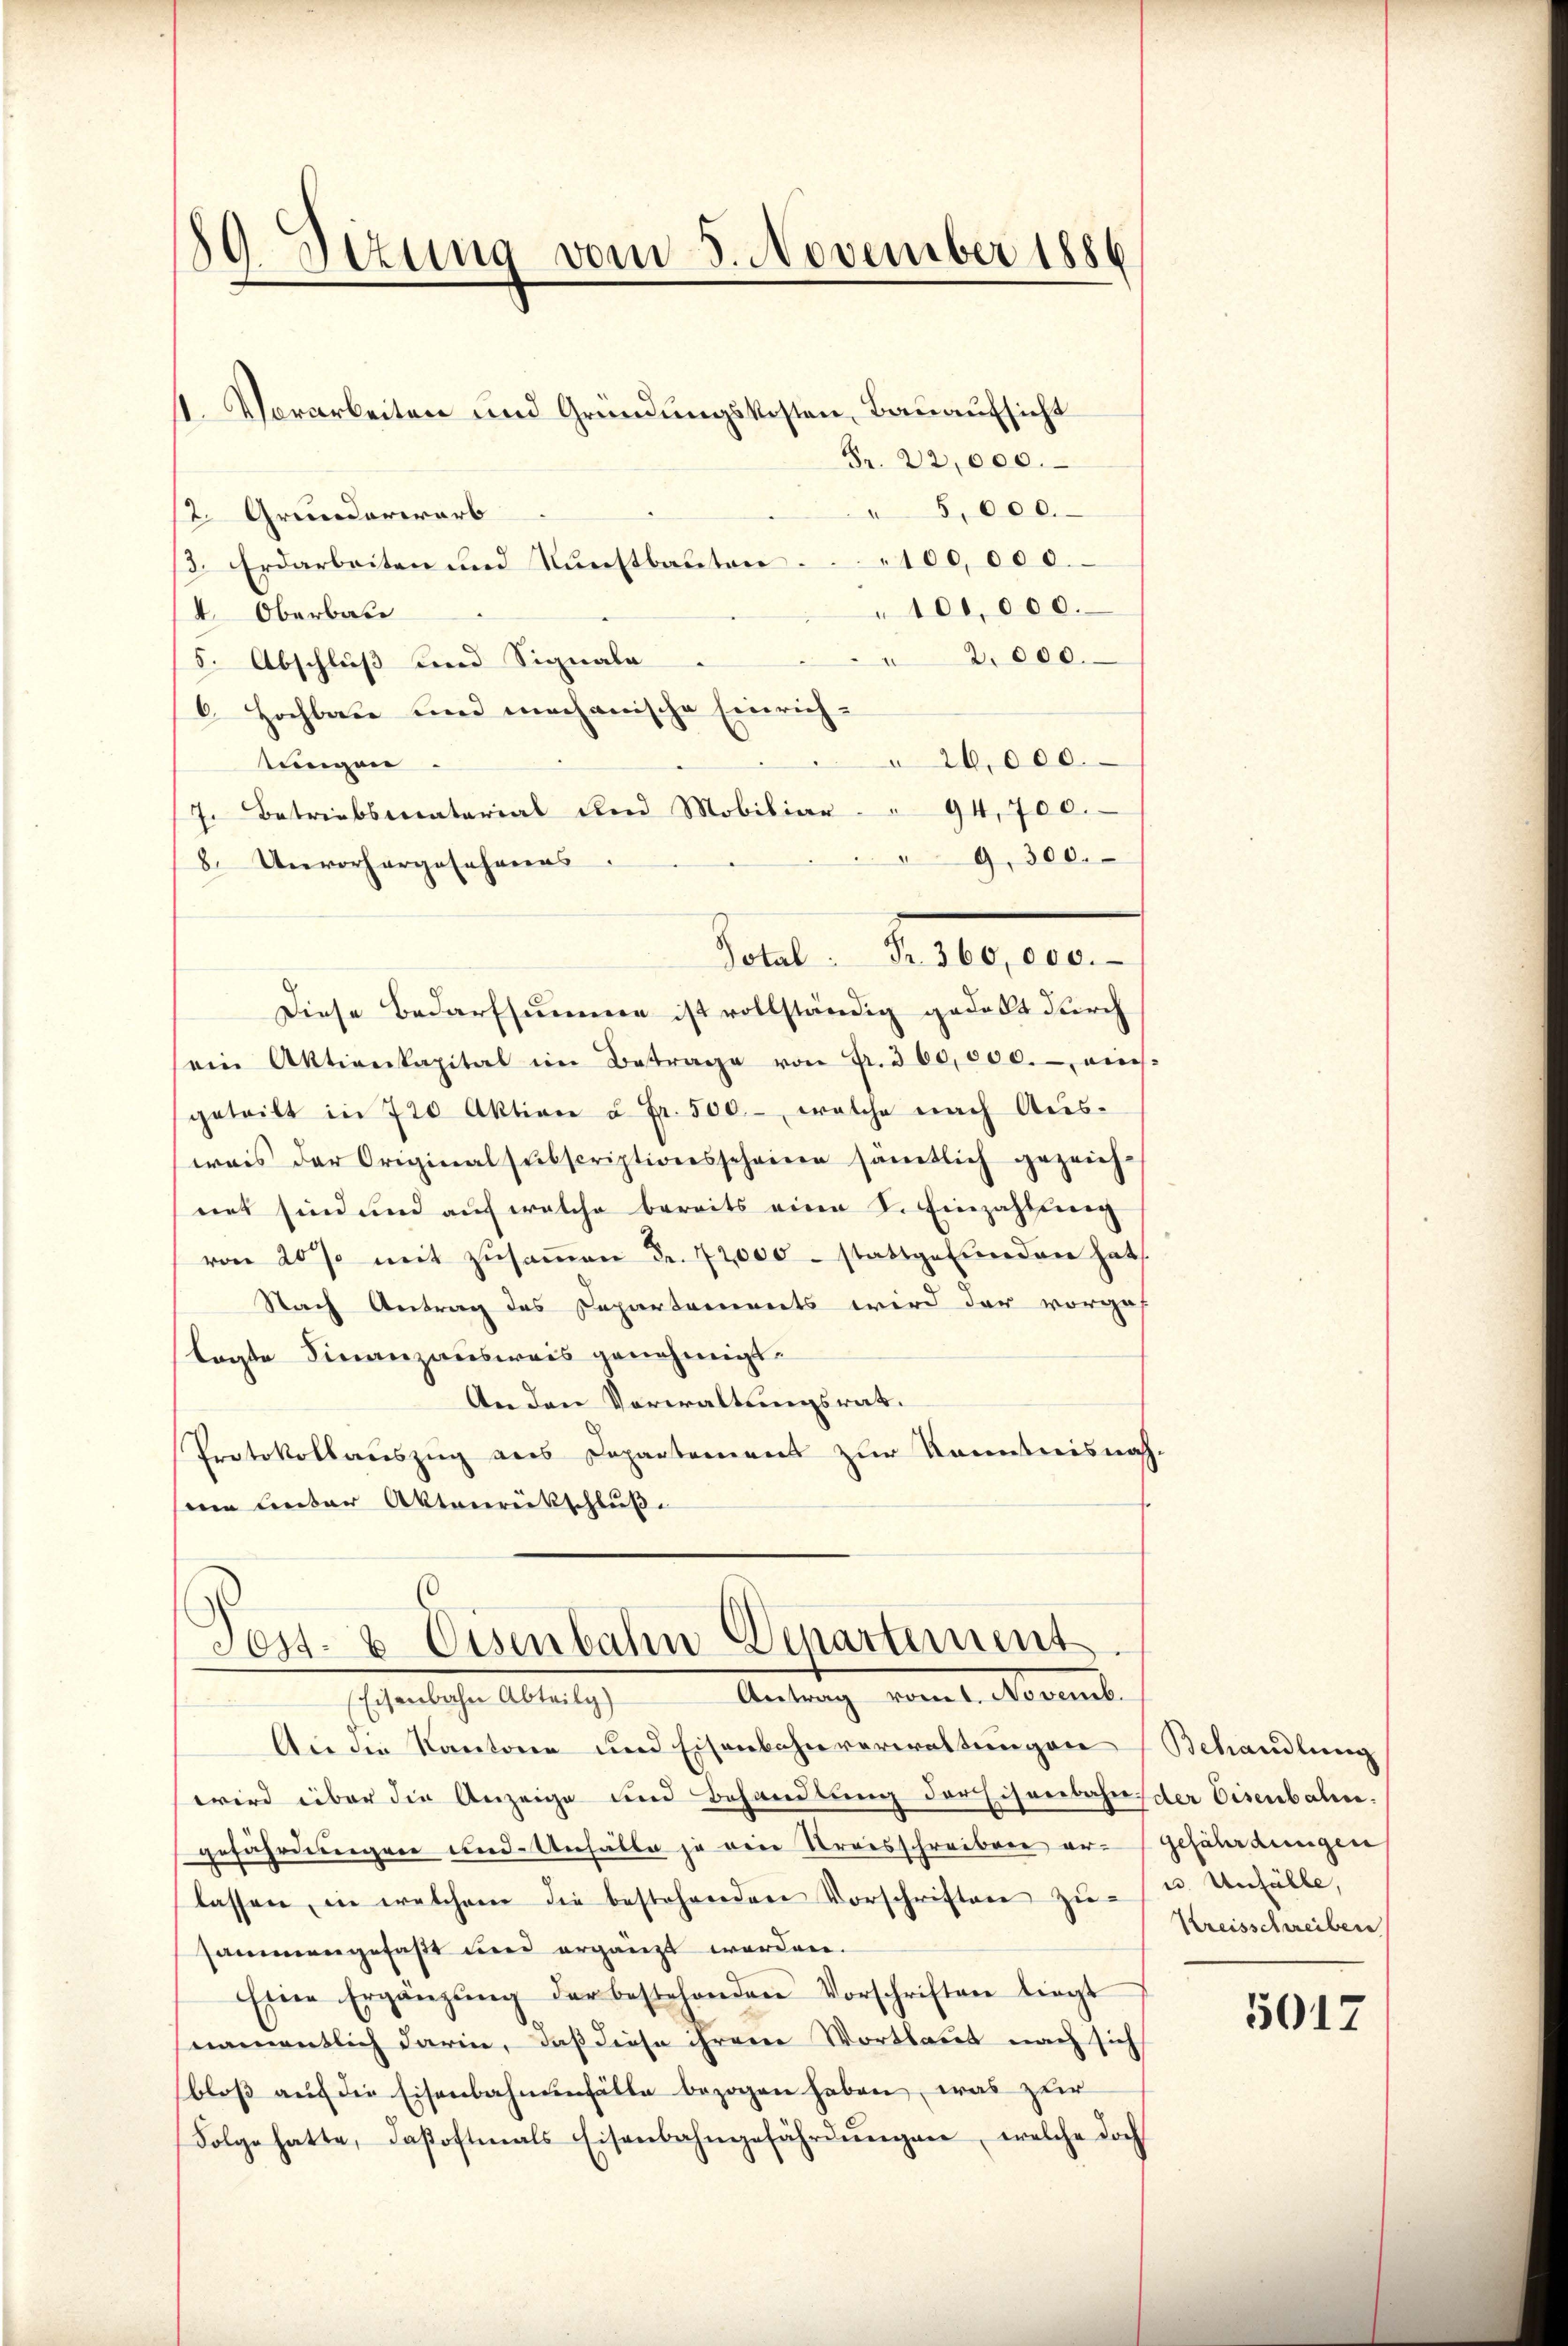
¬
89. Sitzung vom 5. November 1886

Fr. 22,000.
" 5,000.
12. Grunderwarb
/3. Erdarbeiten und Nŭnstbauten 100,000.
100,000.
 Oberbade
2,000.
5. Abschluß und Signale
6. Hochbau und mechanische Einrich¬
26,000.
tungen
7. Betriebsmaterial und Mobiliar. " 94,700.
9,300.
8. Unvorhergesehnens
Diese Bedarfsumme ist vollständig gedelt durch
sein Aktienkapital im Betrage von Fr. 300,000.- eins-
geteilt in 720 Aktion u Fr. 500.- welche nach Aus-
wais der Original subscriptionsscheine sämtlich gezeich-
net sind und auf welche bereits eine L. Einzahlung
von 20 % mit zusammen Fr. 72000 stattgefunden hat
Nach Antrag des Departements wird der vorges
lagte Finanzausweis genehmigt.
An den Verwaltungsrat.
Protokollauszug aus Departement zur Kenntnis nach
sein leiter Aktenrückschluß

1. Vorarbeiten und Gründungskosten, Bauaufsicht

Total. Fr. 360,000.

Fest- & Eisenbahn Departement
Antrag vomt. Novemb.
Eisenbahn Abteilg)

An die Kantone und Eisenbahnverwaltungen
wird über die Anzeige und Behandlung der Eisenbahn, der Eisenbalen.
gefährdungen und Unfälle ja eine Kreisschreiben ar-Gefährdungen
lassen, in welchem die bestehenden Vorschriften zu-
sammengefaßt und ergänzt werden.
Eine Ergänzŭng der bestehenden Vorschriften liegt
namentlich darin, daß diese ihrem Wortlaut nach sich
bloß auf die Eisenbahnenfälle bezogen haben, was zur
Folge hatte, dasoftmals Eisenbahngefährdŭngen, welche doch

Behandlung
u. Unfälle,
Kreisschreiben

5012